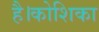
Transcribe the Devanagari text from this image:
है।कोशिका